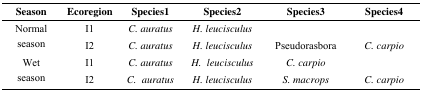
| Season | Ecoregion | Species1 | Species2 | Species3 | Species4 |
 | --- | --- | --- | --- | --- | --- |
 | Normal | I1 | C. auratus | H. leucisculus |  |  |
 | season | I2 | C. auratus | H. leucisculus | Pseudorasbora | C. carpio |
 | Wet | I1 | C. auratus | H. leucisculus | C. carpio |  |
 | season | I2 | C. auratus | H. leucisculus | S. macrops | C. carpio |